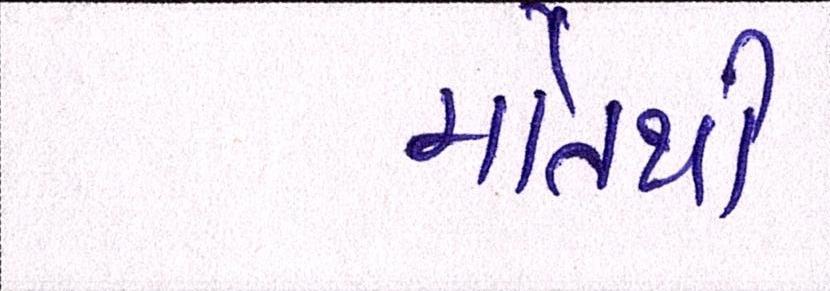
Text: મોતથી